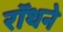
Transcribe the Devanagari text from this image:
रॉथने